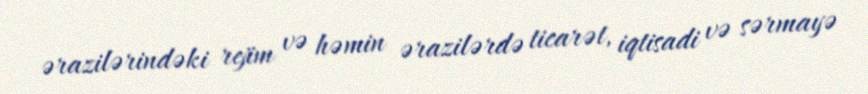
ərazilərindəki rejim və həmin ərazilərdə ticarət, iqtisadi və sərmayə